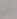
بأن